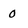
Character: 0